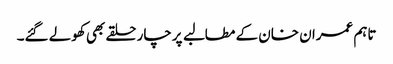
تاہم عمران خان کے مطالبے پرچار حلقے بھی کھولے گئے۔